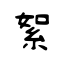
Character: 絮